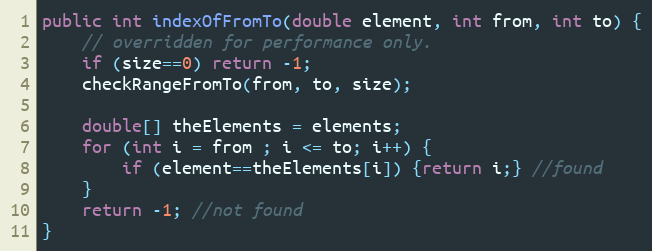
Language: Java
public int indexOfFromTo(double element, int from, int to) {
	// overridden for performance only.
	if (size==0) return -1;
	checkRangeFromTo(from, to, size);

	double[] theElements = elements;
	for (int i = from ; i <= to; i++) {
	    if (element==theElements[i]) {return i;} //found
	}
	return -1; //not found
}